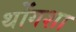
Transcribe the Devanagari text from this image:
थोंगशा